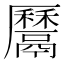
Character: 𩱔